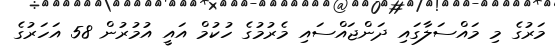
މަރުގެ މި މައްސަލާގައި ދަންޖައްސައި މެރުމުގެ ހުކުމް އައީ އުމުރުން 58 އަހަރުގެ